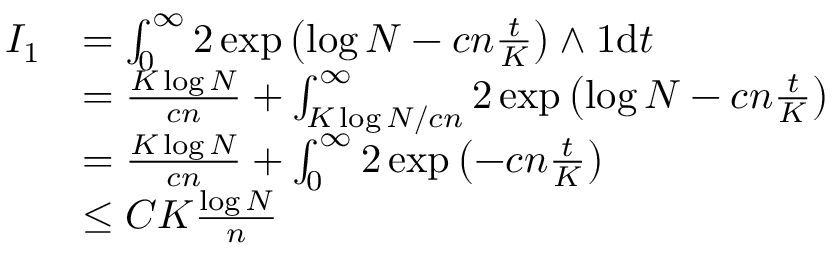
\begin{array} { r l } { I _ { 1 } } & { = \int _ { 0 } ^ { \infty } 2 \exp \left( \log N - c n \frac { t } { K } \right) \wedge 1 \mathrm { d } t } \\ & { = \frac { K \log N } { c n } + \int _ { { K \log N } / { c n } } ^ { \infty } 2 \exp \left( \log N - c n \frac { t } { K } \right) } \\ & { = \frac { K \log N } { c n } + \int _ { 0 } ^ { \infty } 2 \exp \left( - c n \frac { t } { K } \right) } \\ & { \leq C K \frac { \log N } { n } } \end{array}